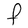
Character: F